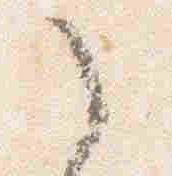
之